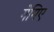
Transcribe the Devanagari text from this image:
गेमिए